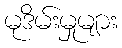
မုဒိမ်းမှုများ